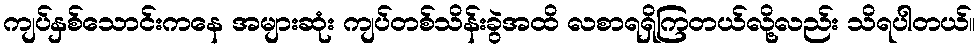
ကျပ်နှစ်သောင်းကနေ အများဆုံး ကျပ်တစ်သိန်းခွဲအထိ လစာရရှိကြတယ်လို့လည်း သိရပါတယ်။